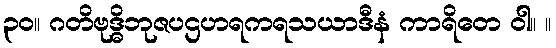
၃၀။ ဂတိဗုဒ္ဓိဘုဇပဌဟရကရသယာဒီနံ ကာရိတေ ဝါ။ ။